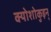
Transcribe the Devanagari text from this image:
क्योशोकुइन्